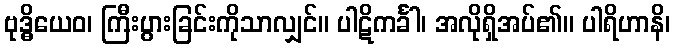
ဗုဒ္ဓိယေဝ၊ ကြီးပွားခြင်းကိုသာလျှင်။ ပါဋိကင်္ခါ၊ အလိုရှိအပ်၏။ ပါရိဟာနိ၊